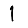
Digit: 1